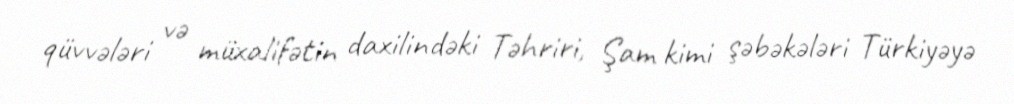
qüvvələri və müxalifətin daxilindəki Təhriri, Şam kimi şəbəkələri Türkiyəyə